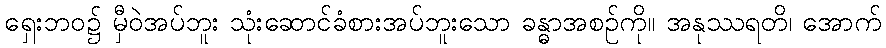
ရှေးဘဝ၌ မှီဝဲအပ်ဘူး သုံးဆောင်ခံစားအပ်ဘူးသော ခန္ဓာအစဉ်ကို။ အနုဿရတိ၊ အောက်